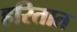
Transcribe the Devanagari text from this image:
हरितात